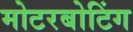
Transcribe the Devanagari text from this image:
मोटरबोटिंग